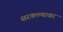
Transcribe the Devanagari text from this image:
सरकल्यावर